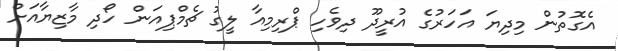
އެގޮތުން މިދިޔަ އަހަރުގެ އުރީދޫ ދިވެހި ޕްރިމިއާ ލީގު ޗެމްޕިއަން ހޯދި މާޒިޔާއަށް